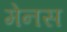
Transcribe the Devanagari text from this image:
मेनस